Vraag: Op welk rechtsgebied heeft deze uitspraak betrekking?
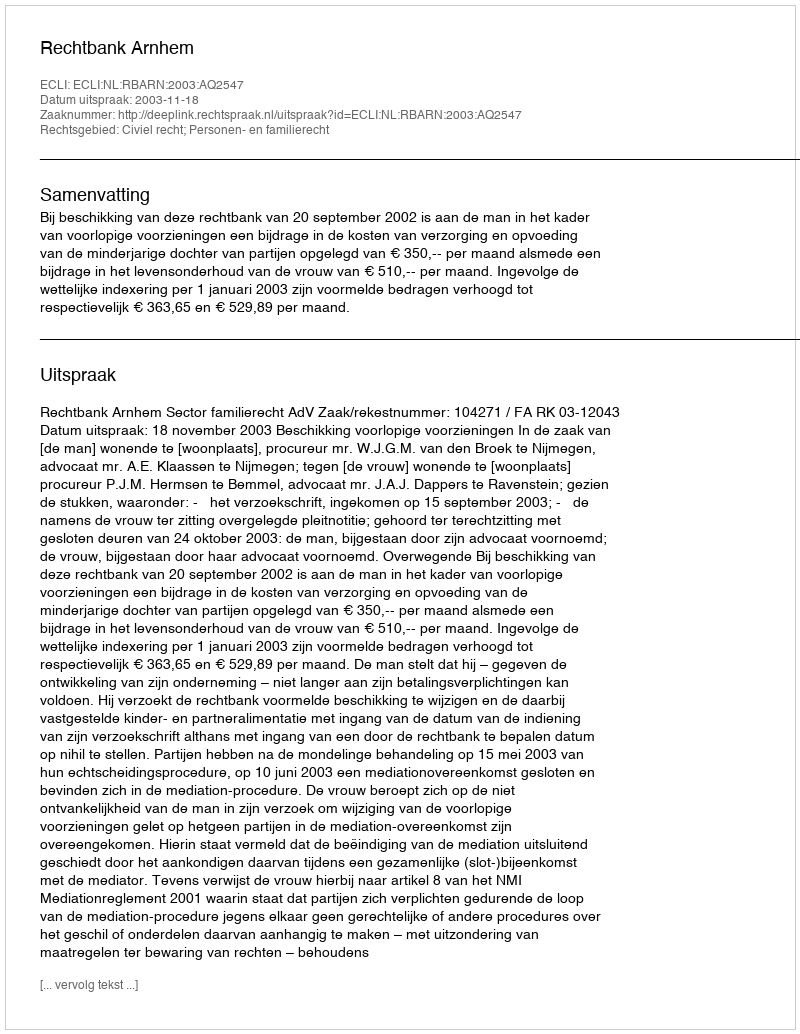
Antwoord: Civiel recht; Personen- en familierecht